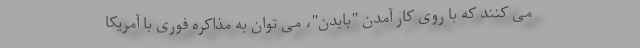
می کنند که با روی کار آمدن "بایدن"، می توان به مذاکره فوری با آمریکا